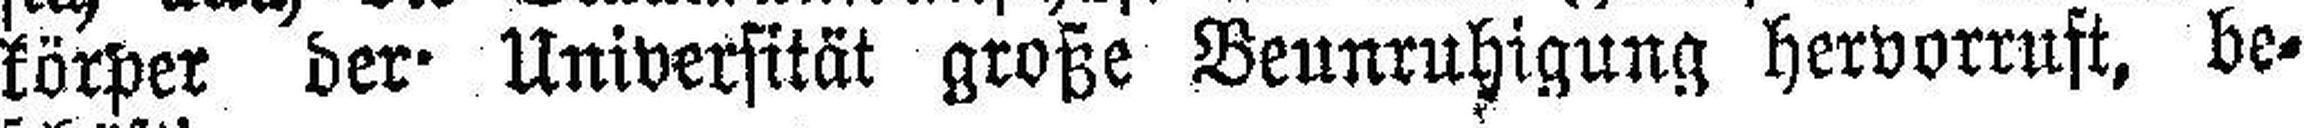
körper der Universität große Beunruhigung hervorrnft, be¬